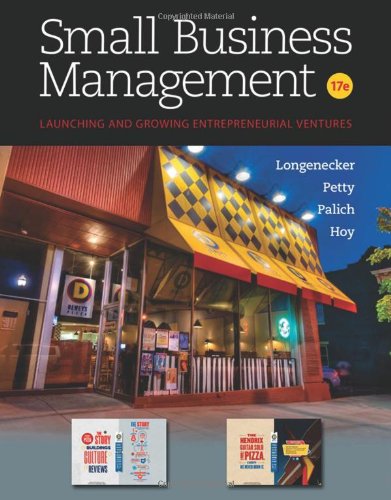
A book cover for Small Business Management; Justin G. Longenecker; Business & Money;